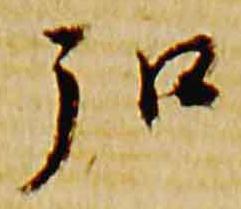
弘